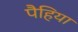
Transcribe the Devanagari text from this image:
पैहिया